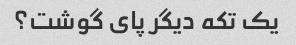
یک تکه دیگر پای گوشت؟